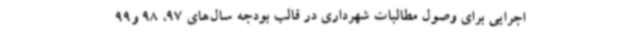
اجرایی برای وصول مطالبات شهرداری در قالب بودجه سال‌های 97، 98 و99